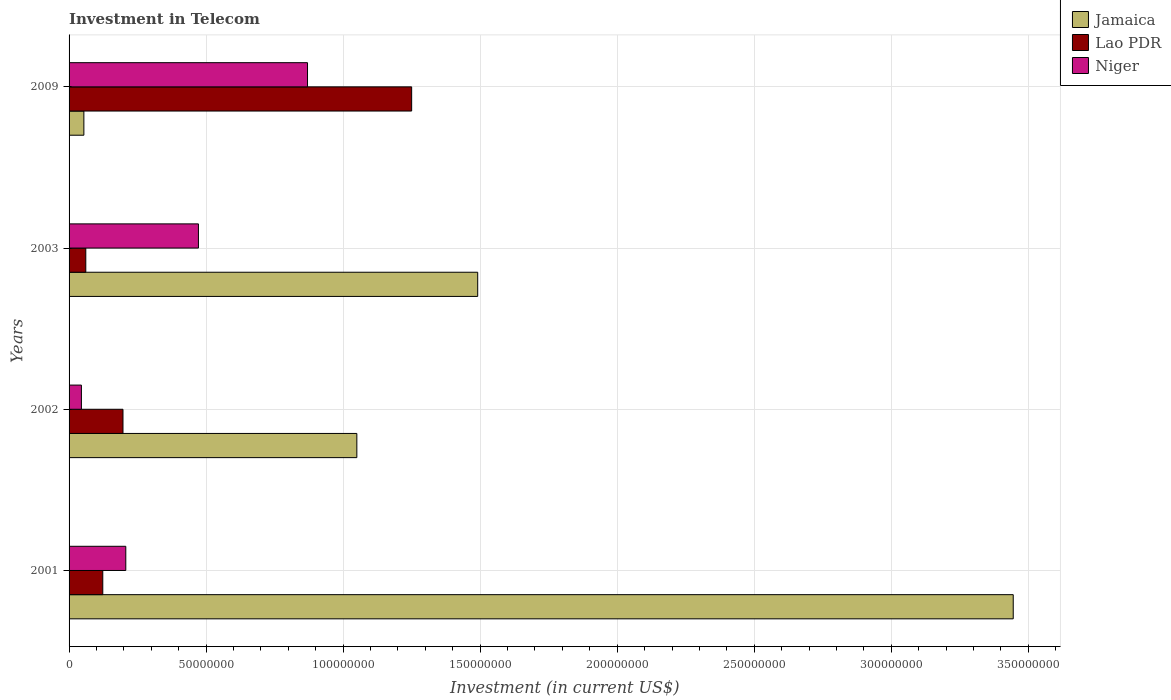
| Years | Jamaica | Lao PDR | Niger |
 | --- | --- | --- | --- |
 | 2001 | 3.44e+08 | 1.23e+07 | 2.07e+07 |
 | 2002 | 1.05e+08 | 1.97e+07 | 4.5e+06 |
 | 2003 | 1.49e+08 | 6.1e+06 | 4.72e+07 |
 | 2009 | 5.4e+06 | 1.25e+08 | 8.7e+07 |